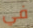
في